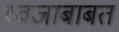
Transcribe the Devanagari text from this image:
ध्वजाबाबत